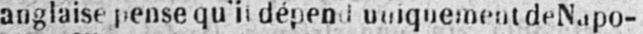
uniquement de Napo-